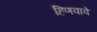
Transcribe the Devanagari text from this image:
हिणवावे